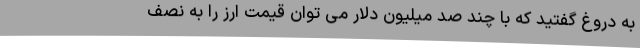
به دروغ گفتید که با چند صد میلیون دلار می توان قیمت ارز را به نصف